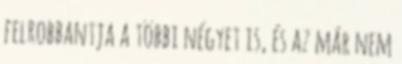
felrobbantja a többi négyet is, és az már nem